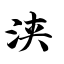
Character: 浃